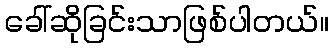
ခေါ်ဆိုခြင်းသာဖြစ်ပါတယ်။